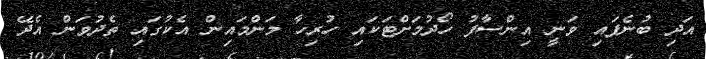
އަދި ބުނެފައި ވަނީ އިންސާފު ހޯދުމަށްޓަކައި ހުރިހާ މަންމައިން އެކުގައި ތެދުވަން އެދޭ